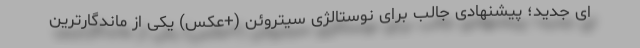
ای جدید؛ پیشنهادی جالب برای نوستالژی سیتروئن (+عکس) یکی از ماندگارترین